Sketch of the medical history of the native army of Bombay, for the year
Year: 1870
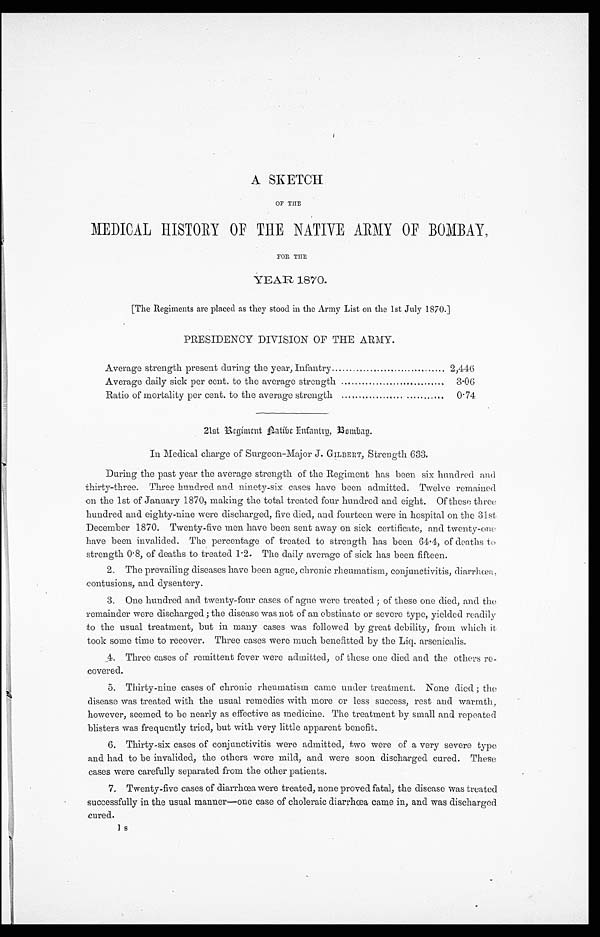
A SKETCH
OF THE
MEDICAL HISTORY OF THE NATIVE ARMY OF BOMBAY,
FOR THE
YEAR 1870.
[The Regiments are placed as they stood in the Army List on the 1st July 1870.]
PRESIDENCY DIVISION OF THE ARMY.
Average strength present during the year, Infantry . . .
2,446
Average daily sick per cent. to the average strength . . .
3.06
Ratio of mortality per cent. to the average strength . . .
0.74
21st Regiment Aatibe Infantry,
Bombay.
In Medical charge of Surgeon-Major J. GILBERT, Strength 633.
During the past year the average strength of the Regiment has been six hundred and
thirty-three. Three hundred and ninety-six cases have been admitted. Twelve remained
on the 1st of January 1870, making the total treated four hundred and eight. Of these three
hundred and eighty-nine were discharged, five died, and fourteen were in hospital on the 31st
December 1870. Twenty-five men have been sent away on sick certificate, and twenty-one
have been invalided. The percentage of treated to strength has been 64.4, of deaths to
strength 0.8, of deaths to treated 1.2. The daily average of sick has been fifteen.
2. The prevailing diseases have been ague, chronic rheumatism, conjunctivitis, diarrhœa,
contusions, and dysentery.
3. One hundred and twenty-four cases of ague were treated ; of these one died, and the
remainder were discharged ; the disease was not of an obstinate or severe type, yielded readily
to the usual treatment, but in many cases was followed by great debility, from which it
took some time to recover. Three cases were much benefitted by the Liq. arsenicalis.
4. Three cases of remittent fever were admitted, of these one died and the others re
-
covered.
5. Thirty-nine cases of chronic rheumatism came under treatment. None died ; the
disease was treated with the usual remedies with more or less success, rest and warmth,
however, seemed to be nearly as effective as medicine. The treatment by small and repeated
blisters was frequently tried, but with very little apparent benefit.
6. Thirty-six cases of conjunctivitis were admitted, two were of a very severe type
and had to be invalided, the others were mild, and were soon discharged cured. These
cases were carefully separated from the other patients.
7. Twenty-five cases of diarrhœa were treated, none proved fatal, the disease was treated.
successfully in the usual manner—one case of choleraic diarrhœa came in, and was discharged.
cured.
1 s